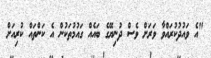
"އެ ވައުދުކުރައްވާ ވަރަށް ވެސް ދުނިޔޭގެ ބައެއް ގައުމުތަކުން އެ ކަންތައް ކުރިއަށް